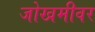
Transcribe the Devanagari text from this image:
जोखमीवर